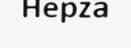
Hepza